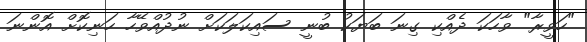
"ހަވީރާ" ވާހަކަ ދެއްކި ގިނަ ބަޔަކު ބުނީ ސައިކަލަކަށް ނުދުއްވޭހާ ހަނިކޮށް އޮންނަ